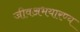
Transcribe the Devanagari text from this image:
जीवअभयारण्य